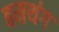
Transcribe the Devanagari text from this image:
बमथंग